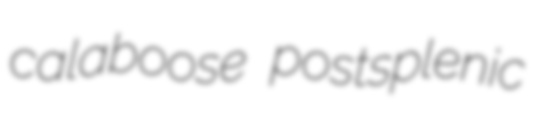
calaboose postsplenic